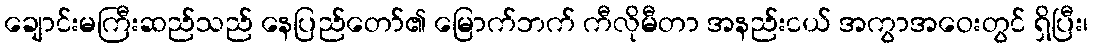
ချောင်းမကြီးဆည်သည် နေပြည်တော်၏ မြောက်ဘက် ကီလိုမီတာ အနည်းငယ် အကွာအဝေးတွင် ရှိပြီး၊